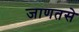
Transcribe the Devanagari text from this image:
जाणतसे